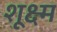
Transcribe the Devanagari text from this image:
शूक्ष्म